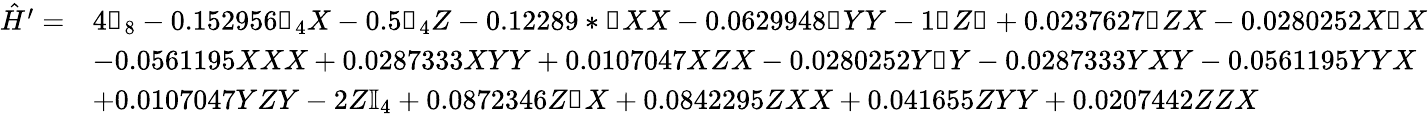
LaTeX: \begin{array}{rl}{\hat{H}^{\prime}=}&{4\mathbb{1}_{8}-0.152956\mathbb{1}_{4}X-0.5\mathbb{1}_{4}Z-0.12289*\mathbb{1}XX-0.0629948\mathbb{1}YY-1\mathbb{1}Z\mathbb{1}+0.0237627\mathbb{1}ZX-0.0280252X\mathbb{1}X}\\ &{-0.0561195XXX+0.0287333XYY+0.0107047XZX-0.0280252Y\mathbb{1}Y-0.0287333YXY-0.0561195YYX}\\ &{+0.0107047YZY-2Z\mathbb{I}_{4}+0.0872346Z\mathbb{1}X+0.0842295ZXX+0.041655ZYY+0.0207442ZZX}\end{array}